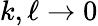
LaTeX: k,\ell\to 0